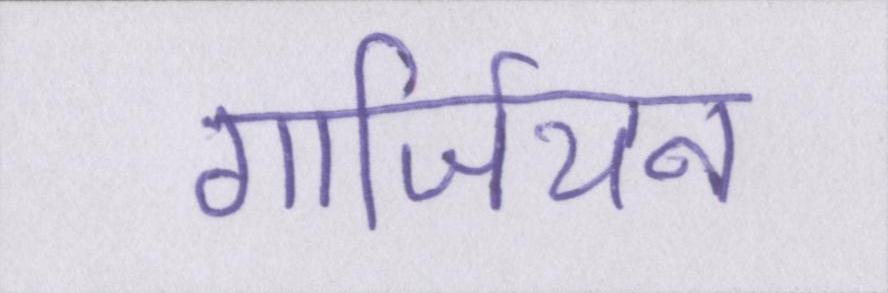
गार्जियन